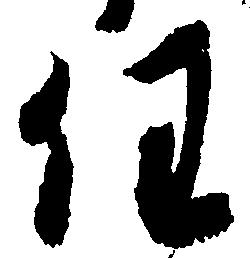
任